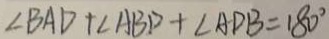
\angle B A D + \angle A B D + \angle A D B = 1 8 0 ^ { \circ }